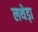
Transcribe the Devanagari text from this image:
लथेड़ा